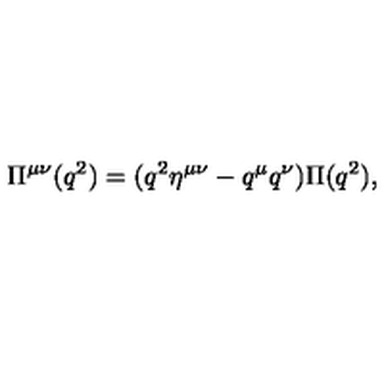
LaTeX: \Pi ^ { \mu \nu } ( q ^ { 2 } ) = ( q ^ { 2 } \eta ^ { \mu \nu } - q ^ { \mu } q ^ { \nu } ) \Pi ( q ^ { 2 } ) ,